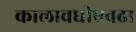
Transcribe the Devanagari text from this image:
कालावधीएवढा